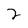
Character: 2